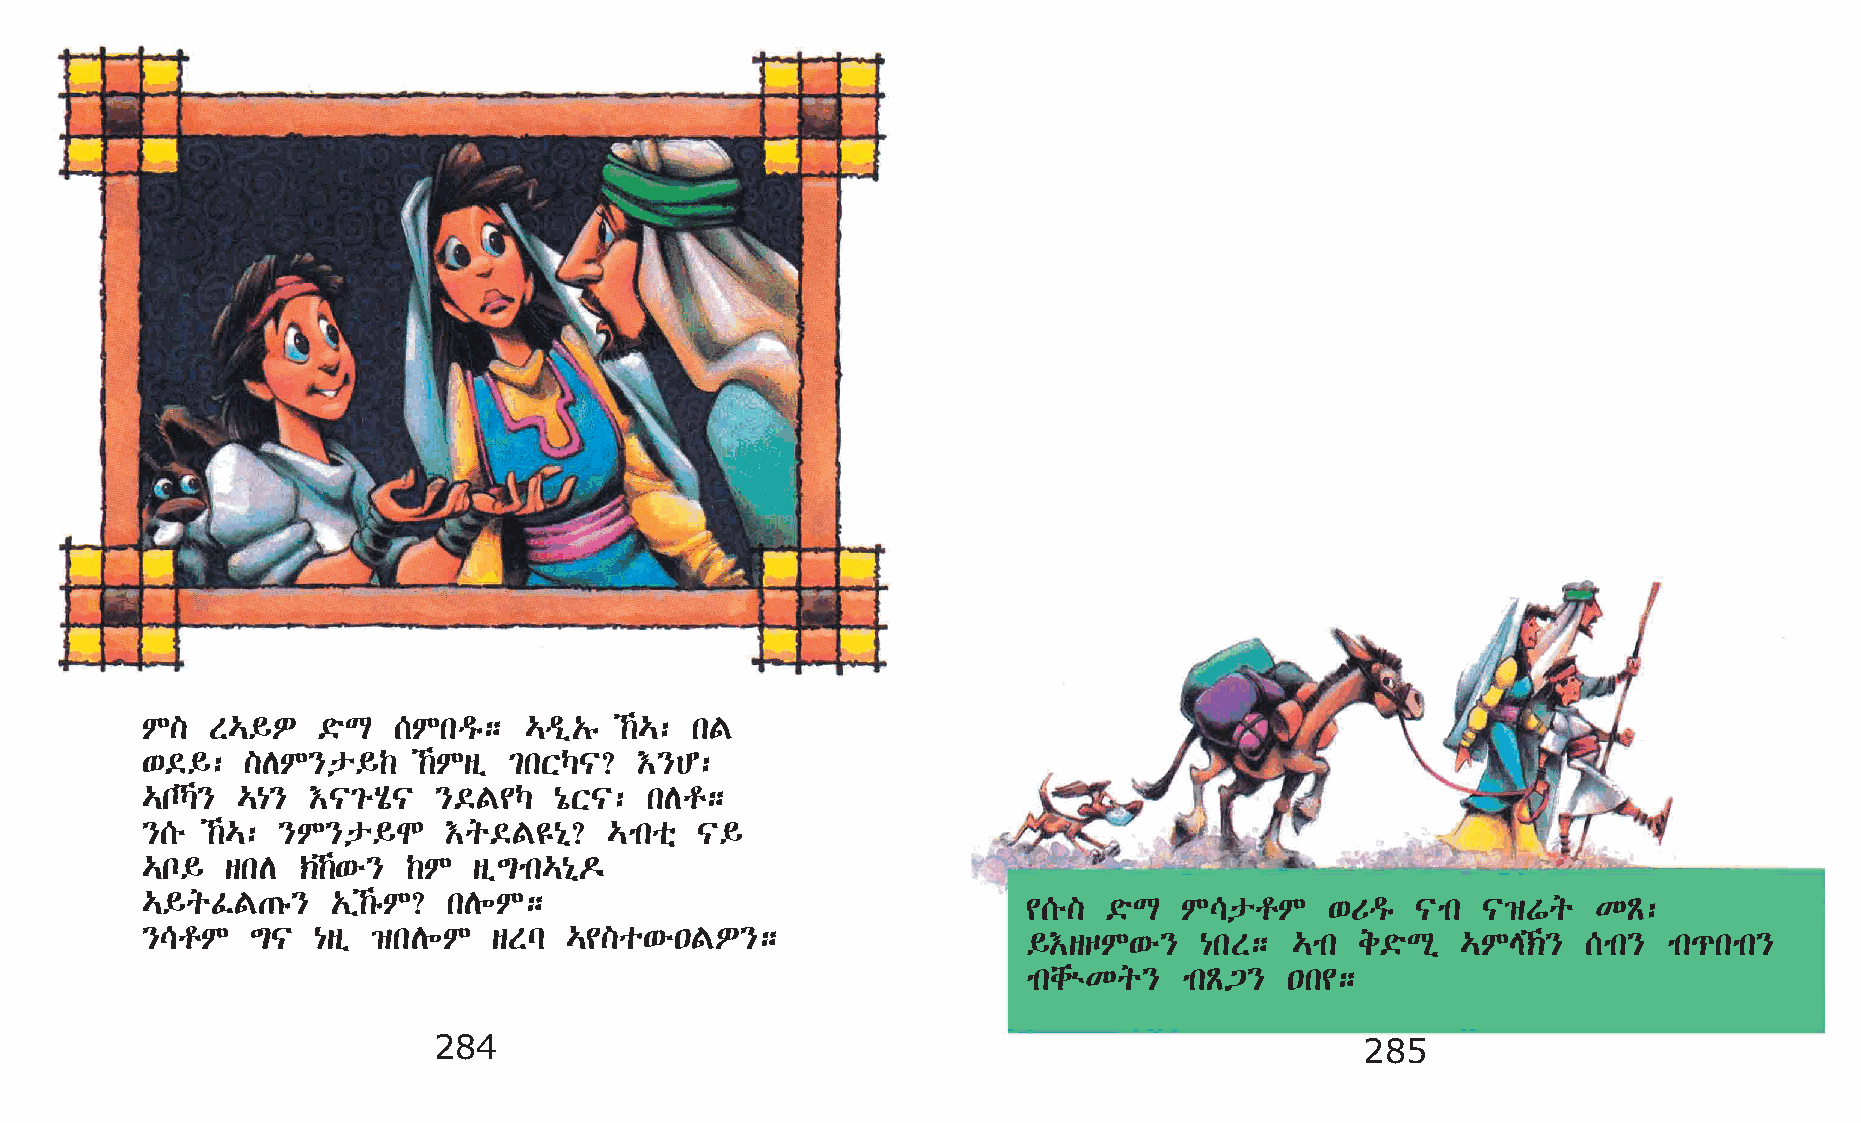
M]   S…§È   ©öL  [Mkªê;   …ªï„ê ‰…: kF
 ‘©§:   ]DM}p§‰     ‰Msï ²kXŠ|?  †}C:
 …nŠ}  …{}  †|²éAô| }©F¢Š   {óX|: kDr;
 }[é  ‰…: }M}p§N    †q©F£{ð?   …mkoñ |§
 …n§   skD  ‹‰‘é} ‰M  sï´mk…{ð¬
 …§qÊF·ê}     „ï‰êM? kD÷M;                                 ¢[é] ©öL  M\prM     ‘Uªê  |mk |›Wq    KÃ:
 }\rM    ´|  {sï ›kD÷M   sSl …¢]o‘é•FÈ};                    §†sœM‘é}   {kS;   …mk e©öLð  …ME‹}  [mk} mk¹kmk}
 mkchùKq}  mkÃ³}  •k¢;
 284                                                          285